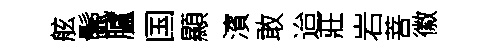
舷鬛臚国顯濱敢迨莊岩菩徽